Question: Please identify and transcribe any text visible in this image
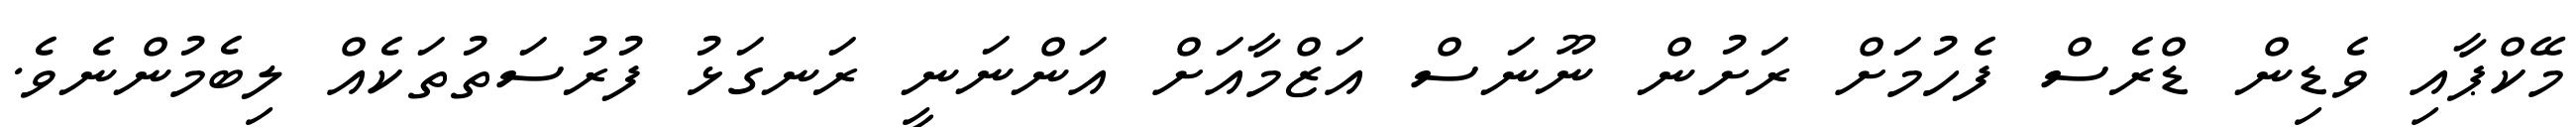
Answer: މޭކްޕާއި ވެޑިން ޑްރެސް ފެހުމަށް ރަށުން ނޫނަސް އަޒްމާއަށް އަންނަނީ ރަނގަޅު ފުރުސަތުތަކެއް ލިބެމުންނެވެ.